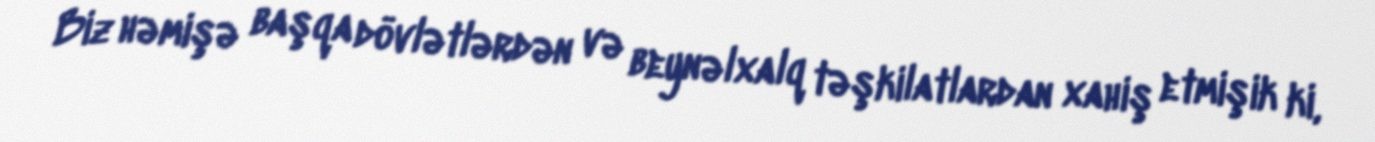
Biz həmişə başqa dövlətlərdən və beynəlxalq təşkilatlardan xahiş etmişik ki,